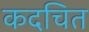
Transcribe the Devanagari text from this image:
कदचित